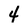
Character: 4